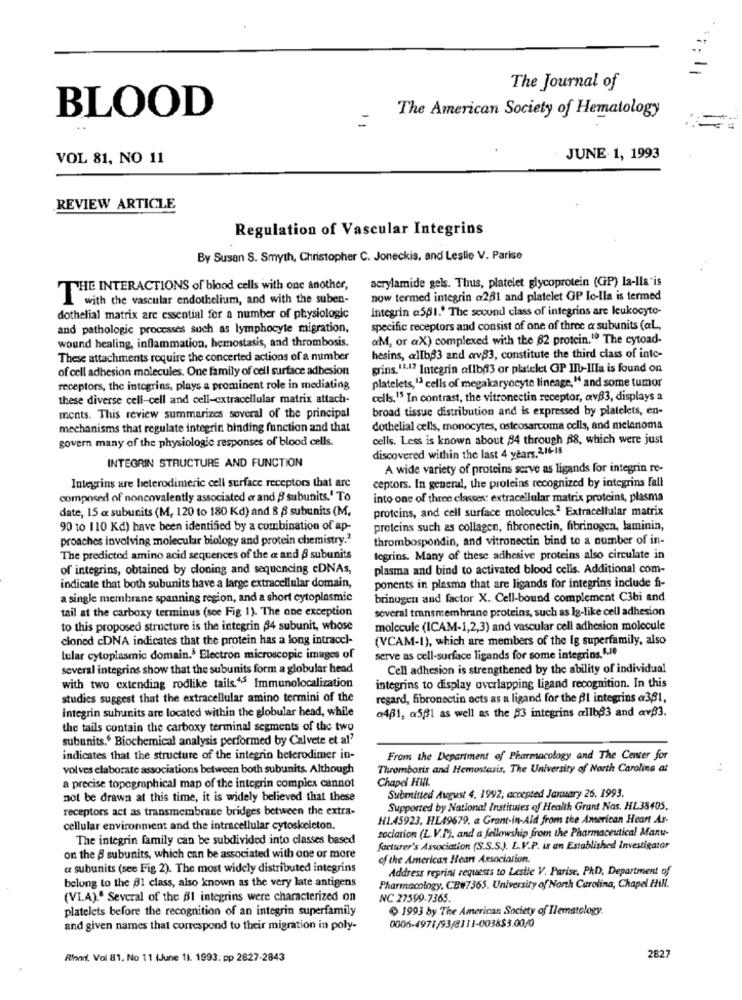
;;; 11
The Journal of
BLOOD
The American Society of Hematology
:==
VOL 81, NO 11
JUNE- 1, 1993
REVIEW ARTICLE
Regulation of Vascular Integrins
By Susan S. Smyth, Christopher C. Joneckis, and Leslie V. Parise
acrylamide gels. Thus, platelet glycoprotein (GP) la-lla'is
THE INTERACTIONS of blood cells with one another,
with the vascular endothelium, and with the suben-
now termed integrin @201 and platelet OP Ic-Ila is termed
Integrin a5p1.' The sevund class of integrins are leukocyte-
dothelial matrix are essential for a number of physiologic
and pathologic processes such as lymphocyte migration,
specific receptors and consist of one of three a subunits (aL,
wound healing, inflammation, hemostasis, and thrombosis.
aM, or aX) complexed with the 82 protein.10 The cytoad-
These attachments require the concerted actions of a number
hesins, allb33 and av83, constitute the third class of inte-
of cell adhesion molecules. One family of cell surface adhesion
grins.11-17 Integrin allb63 or platelet OP IIb-Illa is found on
receptors, the integrins, plays a prominent role in mediating
platelets, 13 cells of megakaryocyte lineage, " and some tumor
these diverse cell-cell and cell-extracellular matrix attach-
cells.15 In contrast, the vitronectin receptor, avB3, displays a
broad tissue distribution and is expressed by platelets, en-
ments. This review summarizes several of the principal
mechanisms that regulate integrin binding function and that
dothelial cells, monocytes, osteosarcoma cells, and melanoma
govern many of the physiologie responses of blood cells.
cells. Less is known about 84 through 88, which were just
discovered within the last 4 years.216-18
INTEGRIN STRUCTURE AND FUNCTION
A wide variety of proteins serve as ligands for integrin re-
ceptors. In general, the proteins recognized by integrins fall
Integrins are heterodimeric cell surface receptors that are
composed of noncovalently associated er and B subunits." To
into one of three classes: extracellular matrix proteins, plasma
date, 15 a subunits (M, 120 to 180 Kd) and & § subunits (M.
proteins, and cell surface molecules.2 Extracellular matrix
90 to 110 Kd) have been identified by a combination of ap-
proteins such as collagen, fibronectin, fibrinogen, laminin,
proaches involving molecular biology and protein chemistry."
thrombospondin, and vitronectin bind to a number of in-
The predicted amino acid sequences of the a and 8 subunits
tegrins. Many of these adhesive proteins also circulate in
of integrins, obtained by cloning and sequencing cDNAs,
plasma and bind to activated blood cells. Additional com-
indicate that both subunits have a large extracellular domain,
ponents in plasma that are ligands for integrins include fi-
a single membrane spanning region, and a short cytoplasmic
brinugen and factor X. Cell-bound complement C3bi and
tail at the carboxy terminus (see Fig 1). The one exception
soveral transmembrane proteins, such as Ig-like cell adhesion
to this proposed structure is the integrin 34 subunit, whose
molecule (ICAM-1,2,3) and vascular cell adhesion molecule
cloned cDNA indicates that the protein has a long intraccl-
(VCAM-1), which are members of the Ig superfamily, also
lular cytoplasmic domain. Electron microscopic images of
serve as cell-surface ligands for some integrins. L.Je
several integrins show that the subunits form a globular head
Cell adhesion is strengthened by the ability of individual
with two extending rodlike tails.45 Immunolocalization
integrins to display overlapping ligand recognition. In this
studies suggest that the extracellular amino termini of the
regard, fibronectin acts as a ligand for the fl integrins @381,
integrin suhunits are located within the globular head, while
a431, a501 as well as the $3 integrins allb83 and av33.
the tails contain the carboxy terminal segments of the two
subunits.º Biochemical analysis performed by Calvete et al'
indicates that the structure of the integrin heterodimer in-
From the Department of Pharmacology and The Center for
volves elaborate associations between both subunits. Although
Thrombosis and Hemostasis, The University of North Carolina at
Chapel Hill.
a precise topographical map of the integrin complex cannot
not be drawn at this time, it is widely believed that these
Submitted August 4, 1992; accepted January 26. 1993.
receptors act as transmembrane bridges between the extra-
Supported by National Institutes of Health Grant Nos. HL38405.
H1.45923, HL49679, a Grant-in-Aid from the American Heart As-
cellular environment and the intracellular cytoskeleton.
sociation (L.V.P), and a fellowship from the Pharmaceutical Manu-
The integrin family can be subdivided into classes based
facturer's Association (S.S.S.J. L.V.P. is an Established Investigator
on the B subunits, which can be associated with one or more
of the American Heart Association.
a subunits (see Fig 2). The most widely distributed integrins
Address reprint requests to Lestle V. Parise. PAD, Department of
belong to the 31 class, also known as the very late antigens
Pharmacology, CB#7365. University of North Carolina, Chapel Hill.
(VLA)." Several of the Bl integrins were characterized on
NC 27599-7365.
platelets before the recognition of an integrin superfamily
1993 by The American Society of Ilematology.
and given names that correspond to their migration in poly-
0006-4971/93/8111-0038$3.00/0
Rond, Vol 81, No 11 (June 11. 1993. pp 2827-2843
2827